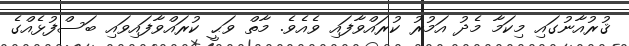
ޤުރުއާނުގައި މިކަމާ މެދު އަމުރު ކުރައްވާފައި ވެއެވެ. މާތް ވަޙީ ކުރައްވާފައިވައި ބަސްފުޅެއްގެ